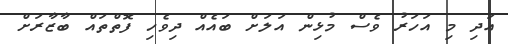
އަދި މި އަހަރު ވެސް މުޅިން އަލަށް ބައެއް ދިވެހި ފޮތްތައް ބާޒާރަށް